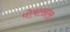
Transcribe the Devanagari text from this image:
पोषाखास